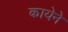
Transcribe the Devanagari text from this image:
कायेने